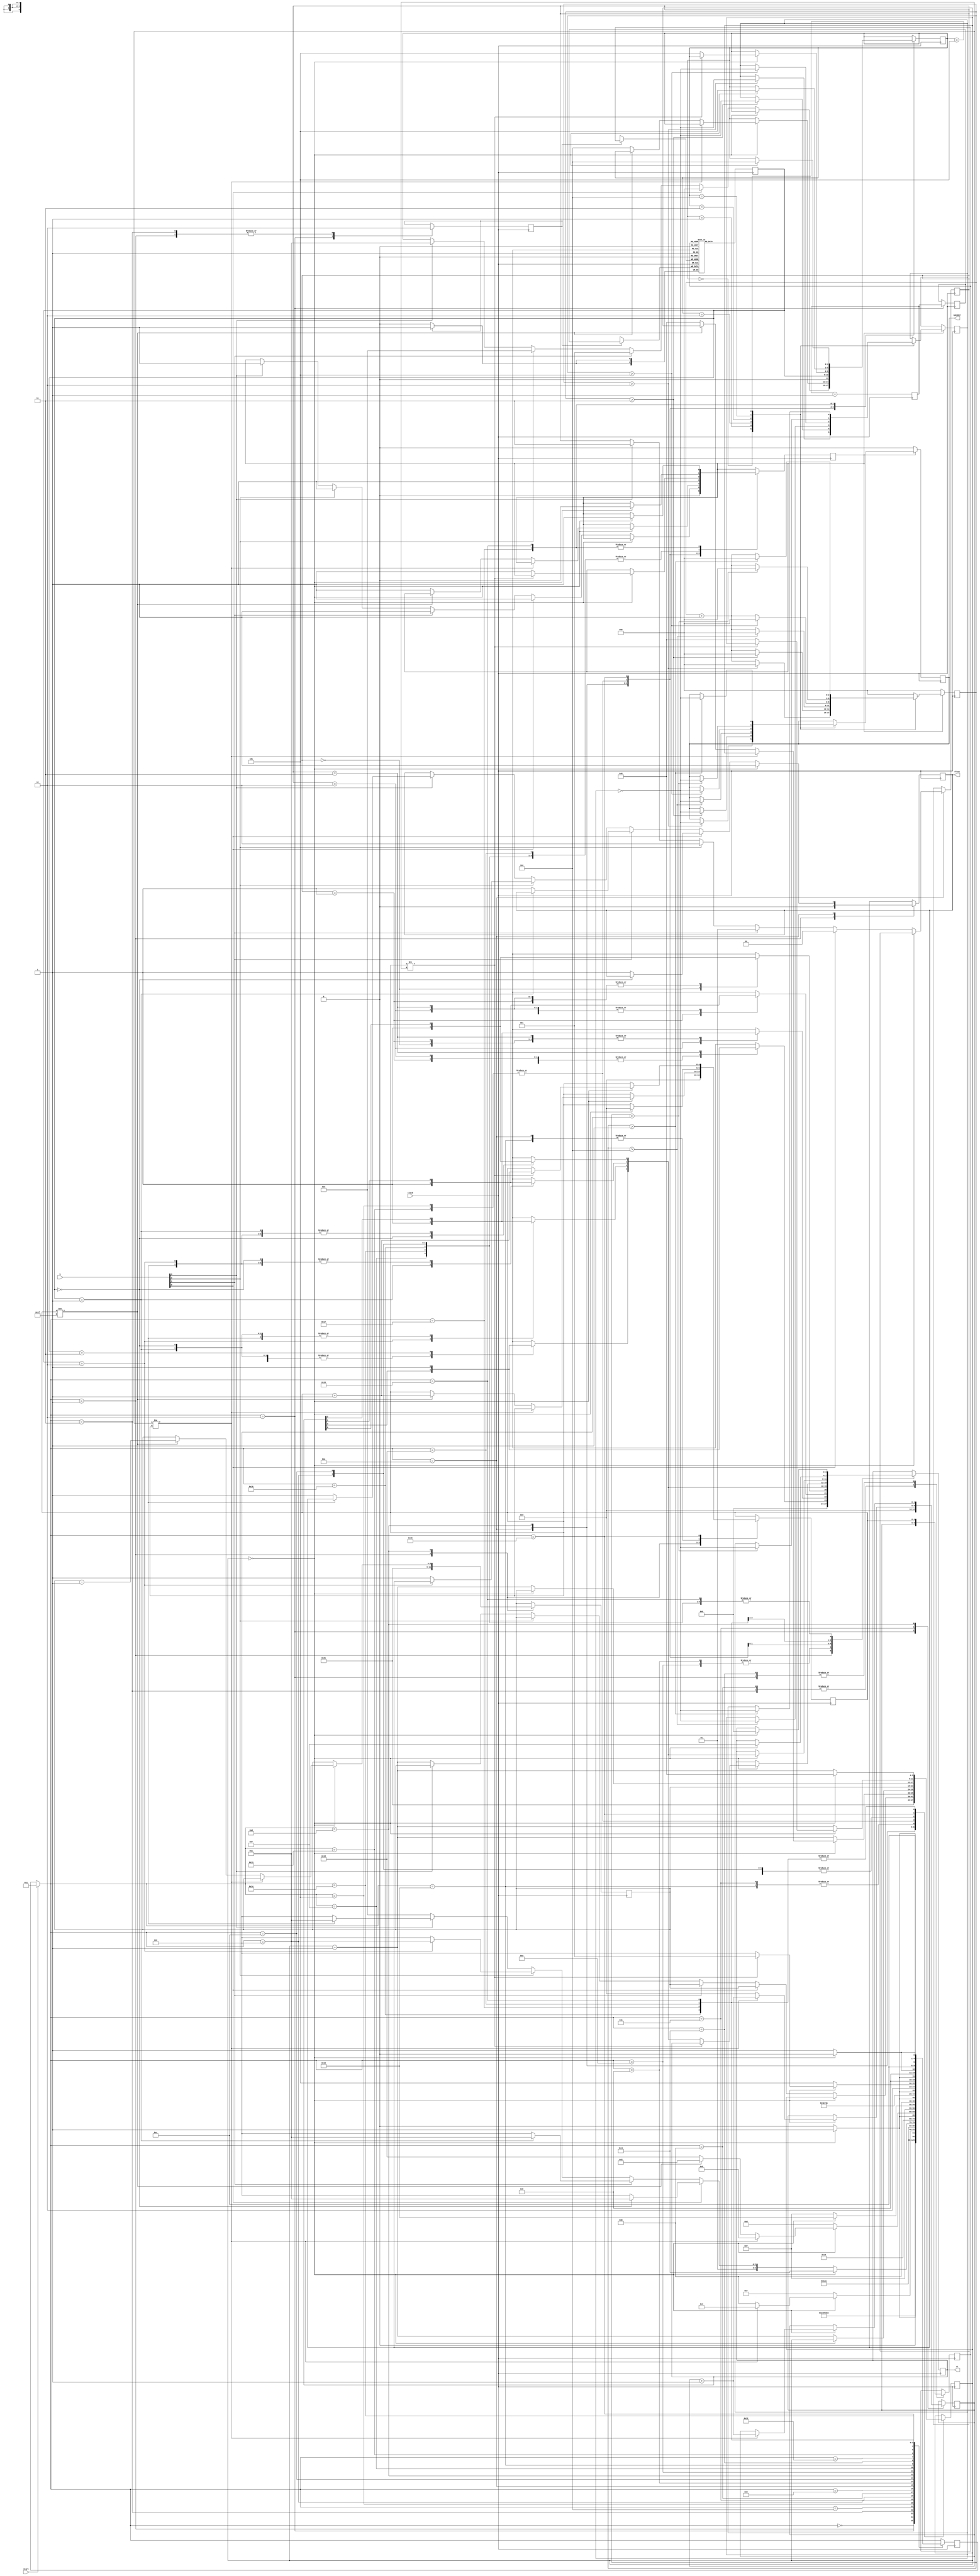
// Verilog translation of the original b12 circuit from the ITC99
// benchmark set.


//typedef enum {G0, G1, G2, G3, G4, G5, G6, G7, G8, G9, G10, G10a, G11,
//	      G12, Ea, E0, E1, K0, K1, K2, K3, K4, K5, K6, W0, W1} Gamma;


`define G0 5'b00000
`define G1 5'b00001
`define G2 5'b00010
`define G3 5'b00011
`define G4 5'b00100
`define G5 5'b00101
`define G6 5'b00110
`define G7 5'b00111
`define G8 5'b01000
`define G9 5'b01001
`define G10 5'b01010
`define G10a 5'b01011
`define G11 5'b01100
`define G12 5'b01101
`define Ea 5'b01110
`define E0 5'b01111
`define E1 5'b10000
`define K0 5'b10001
`define K1 5'b10010
`define K2 5'b10011
`define K3 5'b10100
`define K4 5'b10101
`define K5 5'b10110
`define K6 5'b10111
`define W0 5'b11000
`define W1 5'b11001





module main(clock, start, k, nloss, nl, speaker);
    input        clock;
    input 	 start;
    input [3:0]  k;
    output 	 nloss;
    output [3:0] nl;
    output 	 speaker;

    parameter 	 RED    = 0;
    parameter 	 GREEN  = 1;
    parameter 	 YELLOW = 2;
    parameter 	 BLUE   = 3;

    parameter 	 LED_OFF = 1'b0;
    parameter 	 LED_ON  = 1'b1;

    parameter 	 PLAY_OFF = 1'b0;
    parameter 	 PLAY_ON  = 1'b1;

    parameter 	 KEY_ON = 1;

    parameter 	 NUM_KEY   = 4;
    parameter 	 COD_COLOR = 2;
    parameter 	 COD_SOUND = 3;

    parameter 	 S_WIN  = 4;
    parameter 	 S_LOSS = 5;

    parameter 	 SIZE_ADDRESS = 5;
    parameter 	 SIZE_MEM     = 32;

    parameter 	 COUNT_KEY = 33;
    parameter 	 COUNT_SEQ = 33;
    parameter 	 DEC_SEQ   = 1;
    parameter 	 COUNT_FIN = 8;

    parameter 	 ERROR_TONE  = 1;
    parameter 	 RED_TONE    = 2;
    parameter 	 GREEN_TONE  = 3; 
    parameter 	 YELLOW_TONE = 4;
    parameter 	 BLUE_TONE   = 5;
    parameter 	 WIN_TONE    = 6;

    reg 	 speaker, nloss;
    reg [3:0] 	 nl;
    reg 	 wr;
    reg [4:0] 	 address;
    reg [1:0] 	 data_in, data_out, num;
    reg [2:0] 	 sound;
    reg 	 play;

    reg 	 s;
    reg [2:0] 	 counter;

    initial begin
	s = 0;
	speaker = 0;
	counter = 0;
    end

    wire [2:0] counterp1;
    assign     counterp1 = counter + 1;

    always @ (posedge clock) begin
	if (play) begin
	    case (sound)
              0: begin
                if (counter > RED_TONE) begin
                    s = ~s;
                    speaker = s;
                    counter = 0;
                end else begin
                   counter = counterp1;
                end
	      end
              1: begin
                  if (counter > GREEN_TONE) begin
                      s = ~s;
                      speaker = s;
                      counter = 0;
                  end else begin
                      counter = counterp1;
                  end
	      end
              2: begin
                  if (counter > YELLOW_TONE) begin
                      s = ~s;
                      speaker = s;
                      counter = 0;
                  end else begin
                      counter = counterp1;
                  end
	      end
              3: begin
                  if (counter > BLUE_TONE) begin
                      s = ~s;
                      speaker = s;
                      counter = 0;
                  end else begin
                      counter = counterp1;
                  end
	      end
              S_WIN: begin
                  if (counter > WIN_TONE) begin
                      s = ~s;
                      speaker = s;
                      counter = 0;
                  end else begin
                      counter = counterp1;
                  end
	      end
              S_LOSS: begin
                  if (counter > ERROR_TONE) begin
                      s = ~s;
                      speaker = s;
                      counter = 0;
                  end else begin
                      counter = counterp1;
                  end
	      end
              default: begin
                  counter = 0;
	      end
            endcase
	end else begin
            counter = 0;
            speaker = 0;
	end
    end

    initial begin
	num = 0;
    end

    always @ (posedge clock) begin
	num = num + 1;
    end

    reg [1:0] memory[0:31];
    integer   i;

    initial begin
	data_out = 0;
	//for (i = 0; i < 32; i = i + 1)
	  memory[0] = 0;
	  memory[1] = 0;
	memory[2] = 0;
	  memory[3] = 0;
	memory[4] = 0;
	  memory[5] = 0;
	memory[6] = 0;
	  memory[7] = 0;
	memory[8] = 0;
	  memory[9] = 0;
	memory[10] = 0;
	  memory[11] = 0;
	memory[12] = 0;
	  memory[13] = 0;
	memory[14] = 0;
	  memory[15] = 0;
	memory[16] = 0;
	  memory[17] = 0;
	memory[18] = 0;
	  memory[19] = 0;
	memory[20] = 0;
	  memory[21] = 0;
	memory[22] = 0;
	  memory[23] = 0;
	memory[24] = 0;
	  memory[25] = 0;
	memory[26] = 0;
	  memory[27] = 0;
	memory[28] = 0;
	  memory[29] = 0;
	memory[30] = 0;
	  memory[31] = 0;

    end

    always @ (posedge clock) begin
	data_out = memory[address];
	if (wr)
          memory[address] = data_in;
    end

    reg [4:0] gamma;
    reg [1:0] ind;
    reg [4:0] scan, max;
    reg [5:0] timebase, count;

    wire [5:0] countm1;
    assign     countm1 = count - 1;

    initial begin
	nloss = LED_OFF;
	nl = {4{LED_OFF}};
	play = PLAY_OFF;
	wr = 0;
	scan = 0;
	max = 0;
	ind = 0;
	timebase = 0;
	count = 0;
	sound = 0;
	address = 0;
	data_in = 0;
	gamma = `G0;
    end
    
    always @ (posedge clock) begin
	if (start)
	  gamma = `G1;
	case (gamma)
	  `G0: begin
	      gamma = `G0;
	  end
	  `G1: begin
              nloss = LED_OFF;
              nl = {4{LED_OFF}};
              play = PLAY_OFF;
              wr = 0;
              max = 0;
              timebase = COUNT_SEQ;
              gamma = `G2;
	  end
	  `G2: begin
              scan = 0;
              wr = 1;
              address = max;
              data_in = num;
              gamma = `G3;
	  end
          `G3: begin
              wr = 0;
              address = scan;
              gamma = `G4;
	  end
          `G4: begin
              gamma = `G5;
	  end
	  `G5: begin
	      case (data_out)
		0: nl[0] = LED_ON;
		1: nl[1] = LED_ON;
		2: nl[2] = LED_ON;
		3: nl[3] = LED_ON;
	      endcase
              count = timebase;
              play = PLAY_ON;
              sound = {1'b0, data_out};
              gamma = `G6;
	  end
          `G6: begin
              if (count == 0) begin
		  nl = {4{LED_OFF}};
		  play = PLAY_OFF;
		  count = timebase;
		  gamma = `G7;
              end else begin
		  count = countm1;
		  gamma = `G6;
              end
	  end
          `G7: begin
              if (count == 0) begin
		  if (scan != max) begin
		      scan = scan + 1;
		      gamma = `G3;
		  end else begin
		      scan = 0;
		      gamma = `G8;
		  end
              end else begin
		  count = countm1;
		  gamma = `G7;
              end
	  end
          `G8: begin
              count = COUNT_KEY;
              address = scan;
              gamma = `G9;
	  end
	  `G9: begin
              gamma = `G10;
	  end
          `G10: begin
              if (count == 0) begin
		  nloss = LED_ON;
		  max = 0;
		  gamma = `K0;
              end else begin
		  count = countm1;
		  if (k[0] == KEY_ON) begin
		      ind = 0;
		      sound = 0;
		      play = PLAY_ON;
		      count = timebase;
		      if (data_out == 0) begin
			  gamma = `G10a;
		      end else begin
			  nloss = LED_ON;
			  gamma = `Ea;
		      end
		  end else if (k[1] == KEY_ON) begin
		      ind = 1;
		      sound = 1;
		      play = PLAY_ON;
		      count = timebase;
		      if (data_out == 1) begin
			  gamma = `G10a;
		      end else begin
			  nloss = LED_ON;
			  gamma = `Ea;
		      end
		  end else if (k[2] == KEY_ON) begin
		      ind = 2;
		      sound = 2;
		      play = PLAY_ON;
		      count = timebase;
		      if (data_out == 2) begin
			  gamma = `G10a;
		      end else begin
			  nloss = LED_ON;
			  gamma = `Ea;
		      end
		  end else if (k[3] == KEY_ON) begin
		      ind = 3;
		      sound = 3;
		      play = PLAY_ON;
		      count = timebase;
		      if (data_out == 3) begin
			  gamma = `G10a;
		      end else begin
			  nloss = LED_ON;
			  gamma = `Ea;
		      end
		  end else begin
		      gamma = `G10;
		  end
              end
	  end
          `G10a: begin
	      case (ind)
		0: nl[0] = LED_ON;
		1: nl[1] = LED_ON;
		2: nl[2] = LED_ON;
		3: nl[3] = LED_ON;
	      endcase
              gamma = `G11;
	  end
          `G11: begin
              if (count == 0) begin
		  nl = {4{LED_OFF}};
		  play = PLAY_OFF;
		  count = timebase;      // attiva contatore LED spento
		  gamma = `G12;           // stato FSM
              end else begin
		  count = countm1;       // decrementa contatore
		  gamma = `G11;           // stato FSM
              end
	  end
          `G12: begin
              if (count == 0) begin       // controlla se fine conteggio
		  if (scan != max) begin  // controlla se sequenza non finita
		      scan = scan + 1;    // incrementa indirizzo
		      gamma = `G8;         // stato FSM
		  end else if (max != (SIZE_MEM - 1)) begin
		      // controlla se memoria non e' esaurita
		      max = max + 1;      // incrementa registro massima sequenza
		      timebase = timebase - DEC_SEQ; // decremento prossima sequenza
		      gamma = `G2;         // stato FSM
		  end else begin
		      play = PLAY_ON;     // attiva il suono
		      sound = S_WIN;      // comunica il codice del suono
		      count = COUNT_FIN;  // attiva contatore fine suono
		      gamma = `W0;         // stato FSM
		  end
              end else begin
		  count = countm1;        // decrementa contatore
		  gamma = `G12;            // stato FSM
              end
	  end
          `Ea: begin
	      case (ind)                  // attiva LED tasto
		0: nl[0] = LED_ON;
		1: nl[1] = LED_ON;
		2: nl[2] = LED_ON;
		3: nl[3] = LED_ON;
	      endcase
              gamma = `E0;                 // stato FSM
	  end
          `E0: begin
              if (count == 0) begin       // controlla se fine conteggio
		  nl = {4{LED_OFF}};      // spegne LED tasti
		  play = PLAY_OFF;        // disattiva il suono
		  count = timebase;       // attiva contatore LED spento
		  gamma = `E1;             // stato FSM
              end else begin
		  count = countm1;        // decrementa contatore
		  gamma = `E0;             // stato FSM
              end
	  end
          `E1: begin
              if (count == 0) begin       // controlla se fine conteggio
		  max = 0;                // azzera registro massima sequenza
		  gamma = `K0;             // stato FSM
              end else begin
		  count = countm1;        // decrementa contatore
		  gamma = `E1;             // stato FSM
              end
	  end
          `K0: begin
              address = max;    // indirizza ultimo integer range 3 downto 0e
              gamma = `K1;       // stato FSM
	  end
          `K1: begin           // serve per dare tempo per leggere la memoria
              gamma = `K2;     // stato FSM
	  end
          `K2: begin
	      case (data_out)           // attiva LED tasto
		0: nl[0] = LED_ON;
		1: nl[1] = LED_ON;
		2: nl[2] = LED_ON;
		3: nl[3] = LED_ON;
	      endcase
              play = PLAY_ON;           // attiva suono
              sound = {1'b0, data_out}; // comunica il codice del suono
              count = timebase;         // attiva contatore LED acceso
              gamma = `K3;               // stato FSM
	  end
          `K3: begin
              if (count == 0) begin     // controlla se fine conteggio
		  nl = {4{LED_OFF}};    // spegne LED tasti
		  play = PLAY_OFF;      // disattiva il suono
		  count = timebase;     // attiva contatore LED spento
		  gamma = `K4;           // stato FSM
              end else begin
		  count = countm1;      // decrementa contatore
		  gamma = `K3;           // stato FSM
              end
	  end
          `K4: begin
              if (count == 0) begin          // controlla se fine conteggio
		  if (max != scan) begin     // controlla se fine lista
		      max = max + 1;         // incrementa indirizzo
		      gamma = `K0;            // stato FSM
		  end else begin
		      case (data_out)        // attiva LED tasto
			0: nl[0] = LED_ON;
			1: nl[1] = LED_ON;
			2: nl[2] = LED_ON;
			3: nl[3] = LED_ON;
		      endcase
		      play = PLAY_ON;        // attiva suono
		      sound = S_LOSS;        // codice suono perdita
		      count = COUNT_FIN;     // attiva contatore LED acceso
		      gamma = `K5;            // stato FSM
		  end
              end else begin
		  count = countm1;           // decrementa contatore
		  gamma = `K4;                // stato FSM
              end
	  end
          `K5: begin
              if (count == 0) begin          // controlla se fine conteggio
		  nl = {4{LED_OFF}};         // spegne LED tasti
		  play = PLAY_OFF;           // disattiva il suono
		  count = COUNT_FIN;         // attiva contatore LED spento
		  gamma = `K6;                // stato FSM
              end else begin
		  count = countm1;           // decrementa contatore
		  gamma = `K5;                // stato FSM
              end
	  end
          `K6: begin
              if (count == 0) begin          // controlla se fine conteggio
		  case (data_out)            // attiva LED tasto
		    0: nl[0] = LED_ON;
		    1: nl[1] = LED_ON;
		    2: nl[2] = LED_ON;
		    3: nl[3] = LED_ON;
		  endcase
		  play = PLAY_ON;            // attiva suono
		  sound = S_LOSS;            // codice suono perdita
		  count = COUNT_FIN;         // attiva contatore LED acceso
		  gamma = `K5;                // stato FSM
              end else begin
		  count = countm1;           // decrementa contatore
		  gamma = `K6;                // stato FSM
              end
	  end
          `W0: begin
              if (count == 0) begin          // controlla se fine conteggio
		  nl = {4{LED_ON}};          // attiva tutti i LED
		  play = PLAY_OFF;           // disattiva il suono
		  count = COUNT_FIN;         // attiva contatore LED acceso
		  gamma = `W1;                // stato FSM
              end else begin
		  count = countm1;           // decrementa contatore
		  gamma = `W0;                // stato FSM
              end
	  end
          `W1: begin
              if (count == 0) begin          // controlla se fine conteggio
		  nl = {4{LED_OFF}};         // disattiva tutti i LED
		  play = PLAY_ON;            // attiva il suono
		  sound = S_WIN;             // comunica il codice del suono
		  count = COUNT_FIN;         // attiva contatore LED spento
		  gamma = `W0;                // stato FSM
              end else begin
		  count = countm1;           // decrementa contatore
		  gamma = `W1;                // stato FSM
              end
	  end
	endcase
    end

endmodule // b12